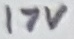
Text: 17V